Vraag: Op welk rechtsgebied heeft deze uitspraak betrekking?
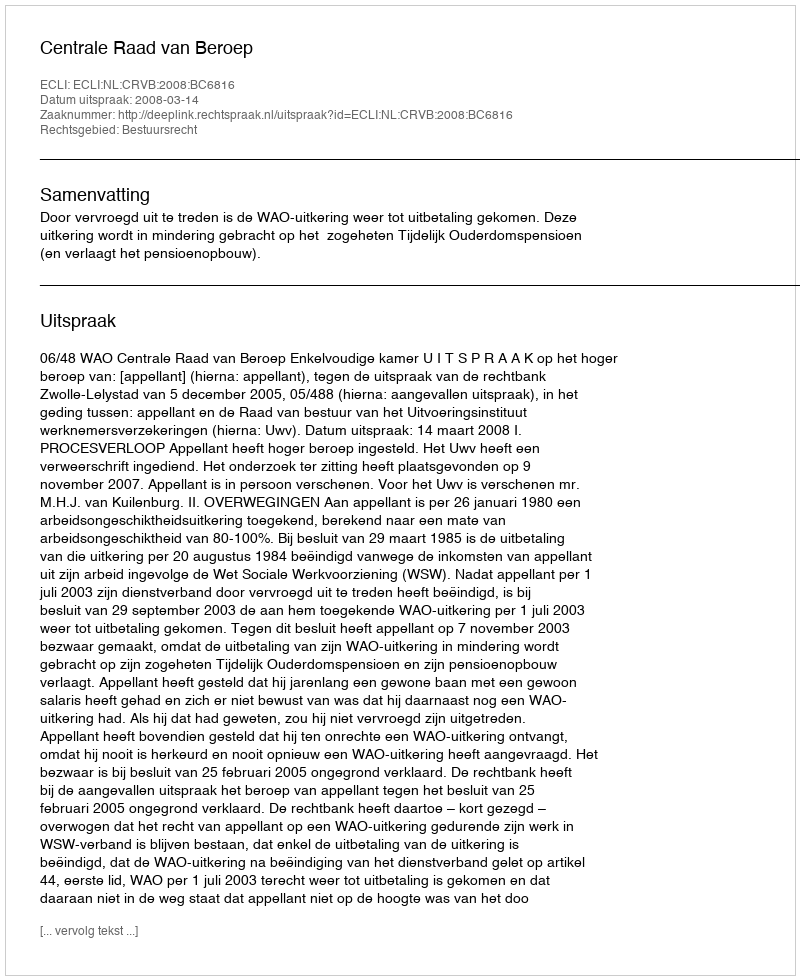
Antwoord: Bestuursrecht